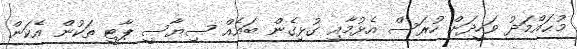
މުޙައްމަދު ވަހީދަށް ހުރަސް އެޅުމާއި ގުޅިގެން ބައެއް ސިޔާސީ ޕާޓީ ތަކުން އެކަން